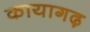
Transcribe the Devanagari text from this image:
कायागढ़